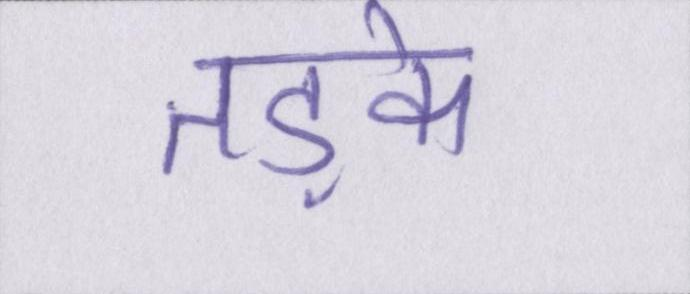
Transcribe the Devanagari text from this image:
तड़के